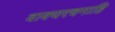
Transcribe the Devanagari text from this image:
वाक्यरचनाहि